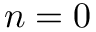
n = 0